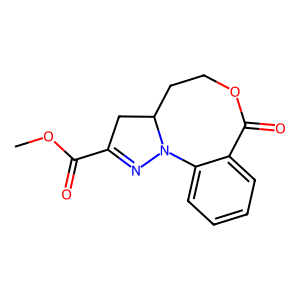
SMILES: COC(=O)C1=NN2c3ccccc3C(=O)OCCC2C1
Inhibits HIV replication: No